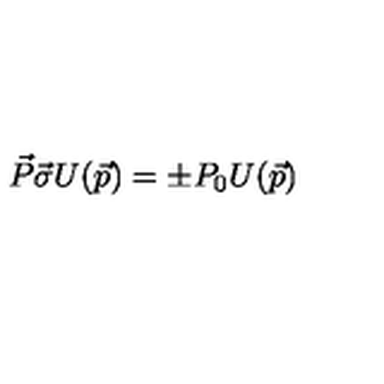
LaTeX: \vec { P } \vec { \sigma } U ( \vec { p } ) = \pm P _ { 0 } U ( \vec { p } )